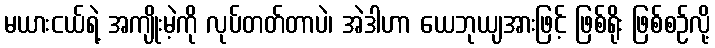
မယားငယ်ရဲ့ အကျိုးမဲ့ကို လုပ်တတ်တာပဲ၊ အဲဒါဟာ ယေဘုယျအားဖြင့် ဖြစ်ရိုး ဖြစ်စဉ်လို့